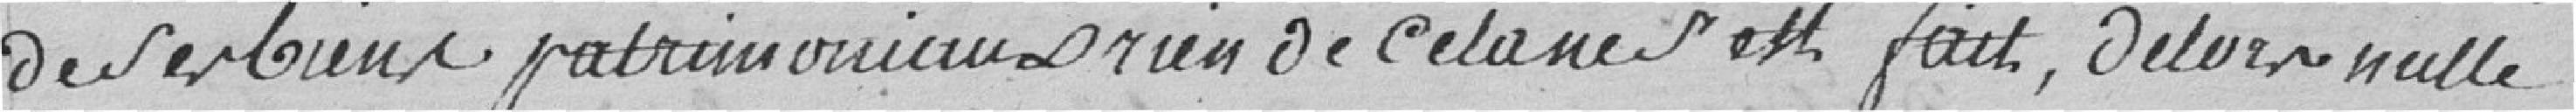
de ses biens patrimoniaux et rien de cela s'est fait, de lors nulle